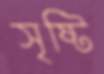
সৃষ্টি